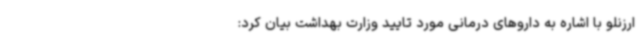
ارزنلو با اشاره به داروهای درمانی مورد تایید وزارت بهداشت بیان کرد: